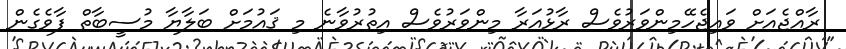
ރާއްޖެއަށް ވައިޖެހޭމިންވަރުވެސް ރާޅުއަރާ މިންވަރުވެސް އިތުރުވާނެ މި ޤައުމަށް ބަލާޔާ މުސީބާތް ފާވެގެން